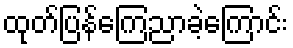
ထုတ်ပြန်ကြေညာခဲ့ကြောင်း